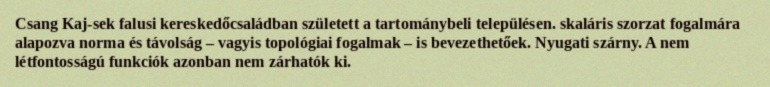
Csang Kaj-sek falusi kereskedőcsaládban született a tartománybeli településen. skaláris szorzat fogalmára alapozva norma és távolság – vagyis topológiai fogalmak – is bevezethetőek. Nyugati szárny. A nem létfontosságú funkciók azonban nem zárhatók ki.